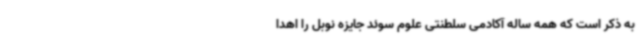
به ذکر است که همه ساله آکادمی سلطنتی علوم سوئد جایزه نوبل را اهدا